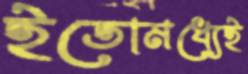
ইতোমধ্যেই